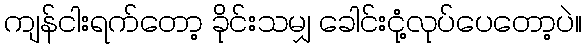
ကျန်ငါးရက်တော့ ခိုင်းသမျှ ခေါင်းငုံ့လုပ်ပေတော့ပဲ။